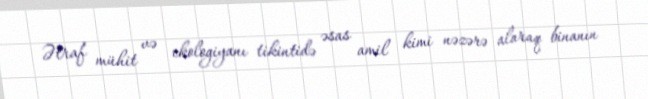
Ətraf mühit və ekologiyanı tikintidə əsas amil kimi nəzərə alaraq binanın